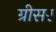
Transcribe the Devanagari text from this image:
ग्रीसर